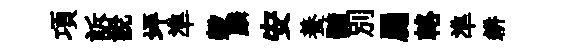
項訴説坪準榖麟安養髓別罽輅準耕